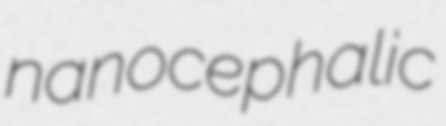
nanocephalic